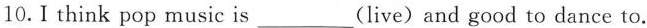
10.I think pop music is___(live) and good to dance to.